[Report on the health of British troops in the Madras command]
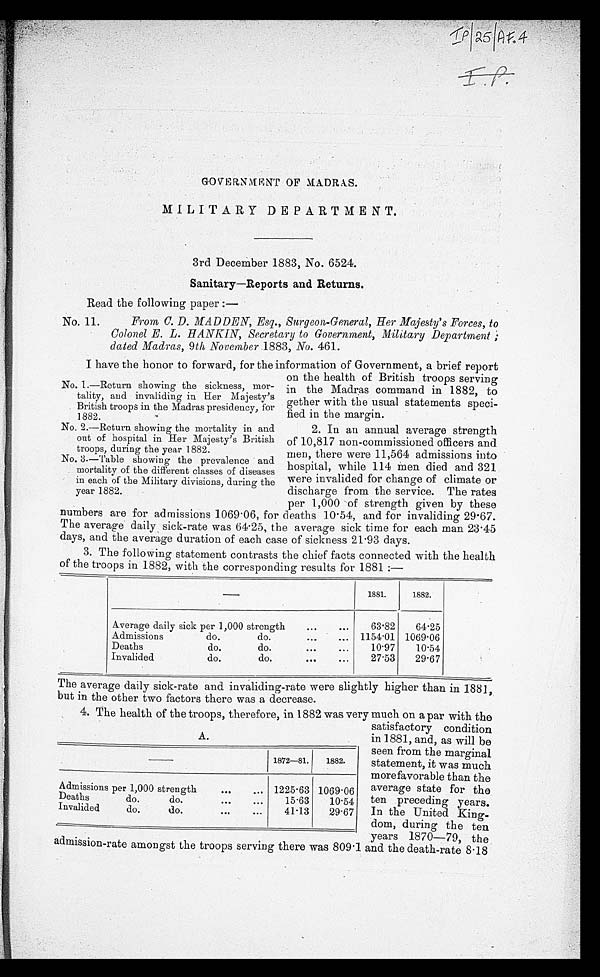
G O V E R N M E N T O F M A D R A S .
MI LI TARY DEPARTMENT.
3rd December 1883, No. 6524.
Sanitary—Reports and Returns.
Read the following paper:
—
No. 11.
From C. D. MADDEN, Esq., Surgeon-General, Her Majesty's Forces, to
Colonel E. L. HANKIN, Secretary to Government, Military Department
dated Madras, 9th November 1883, No. 461.
I have the honor to forward, for the information of Government, a brief report
on the health of British troops serving
in the Madras command in 1882, to
gether with the usual statements speci
-fied in the margin.
2. In an annual average strength
of 10,817 non-commissioned officers and
men, there were 11,564 admissions into
hospital, while 114 men died and 321
were invalided for change of climate or
discharge from the service. The rates
per 1,000 of strength given by thes
e n u m b e r s a r e f o r a d m i s s i o n s 1 0 6 9 . 0 6 , f o r d e a t h s 1 0 . 5 4 , a n d f o r i n v a l i d i n g 2 9 . 6 7 .
The average daily sick-rate was 64.25, the average sick time for each man 23.45
days, and the average duration of each case of sickness 21.93 days.
3 . T h e f o l l o w i n g s t a t e m e n t c o n t r a s t s t h e c h i e f f a c t s c o n n e c t e d w i t h t h e h e a l t h
of the troops in 1882, with the corresponding results for 1881:—
1881.
1882.
Average daily sick per 1,000 strength . . .
63.82
64.25
Admissions do. do. . . .
1154.01 1069.06
Deaths
do. do. . . .
10.97
10.54
Invalided do. do. . . .
27.53
29.67
The average daily sick-rate and invaliding-rate were slightly higher than in 1881,
but in the other two factors there was a decrease.
4. The health of the troops, therefore, in 1882 was very much on a par with the
satisfactory condition
in1881, and, as will be
seen from the marginal
statement, it was much
more favorable than the
average state for the
ten preceding years.
In the United King
-dom, during the ten
years 1870—79, the
admission-rate amongst the troops serving there was 809.1 and the death-rate 8.18
No. 1.—Return showing the sickness, mor
-tality, and invaliding in Her Majesty's
British troops in the Madras presidency, for
1882.
No. 2.—Return showing the mortality in and
out of hospital in Her Majesty's British
troops, during the year 1882.
No. 3.—Table showing the prevalence and
mortality of the different classes of diseases
in each of the Military divisions, during the
year 1882.
1872—81.
1882.
Admissions per 1,000 strength . . . 1225.63 1069.06
Deaths
do. do. . . .
15.63
10.54
Invalided do. do. . . .
41.13
29.67